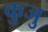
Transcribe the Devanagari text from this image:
कुजु